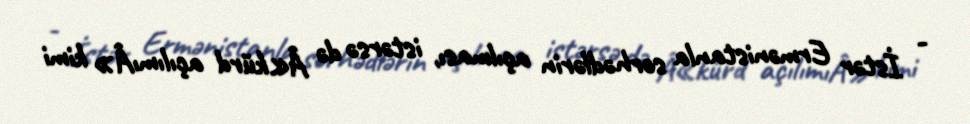
- İstər Ermənistanla sərhədlərin açılması, istərsə də Â«kürd açılımıÂ» kimi